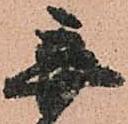
弃